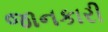
જાનકારી